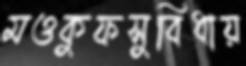
মওকুফসুবিধায়